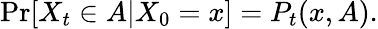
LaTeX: \operatorname*{Pr}[X_{t}\in A|X_{0}=x]=P_{t}(x,A).